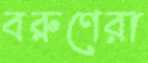
বরুণেরা